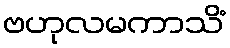
ဗဟုလမကာသိံ